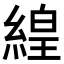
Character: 𬗬